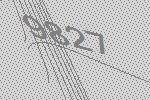
9827